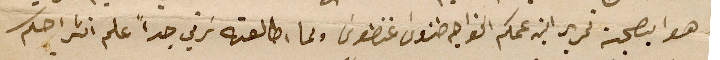
هوا بصبحة تحرير ابن عمكم الخواجه طنوس غنطوسَ ولما اطالعته سَرني جداً علم انشراحكم